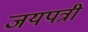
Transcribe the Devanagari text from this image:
जयपत्री